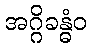
အဂ္ဂိခန္ဓံဝ